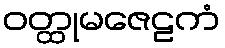
ဝတ္ထုမဇေဠကံ